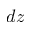
d z